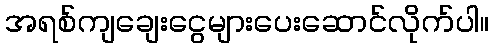
အရစ်ကျချေးငွေများပေးဆောင်လိုက်ပါ။